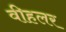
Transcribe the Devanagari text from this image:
वीहलर